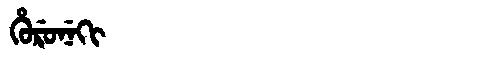
Manchu: ᡥᡠᡵᡠᠨᡝᡴᡳ
Romanization: HURUNEKI